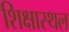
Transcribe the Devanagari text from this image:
शिक्षास्थल